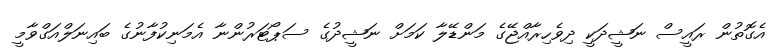
އެގޮތުން ރައީސް ނަޝީދަކީ ދިވެހިރާއްޖޭގެ މަންޑޭލާ ކަމަށް ނަޝީދުގެ ސަޕޯޓަރުންނާ އެމަނިކުފާނުގެ ބައިނަލްއަގްވާމީ